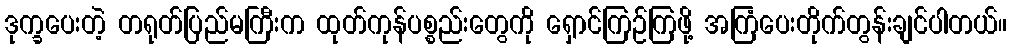
ဒုက္ခပေးတဲ့ တရုတ်ပြည်မကြီးက ထုတ်ကုန်ပစ္စည်းတွေကို ရှောင်ကြဉ်ကြဖို့ အကြံပေးတိုက်တွန်းချင်ပါတယ်။